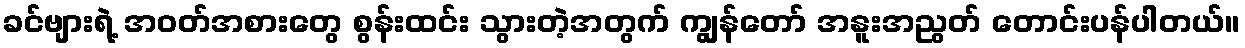
ခင်ဗျားရဲ့ အဝတ်အစားတွေ စွန်းထင်း သွားတဲ့အတွက် ကျွန်တော် အနူးအညွတ် တောင်းပန်ပါတယ်။